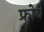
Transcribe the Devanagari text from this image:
फ्रोबे